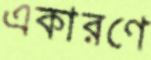
একারণে